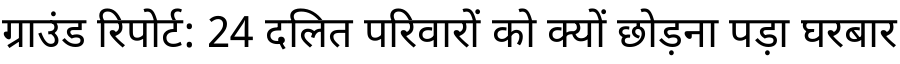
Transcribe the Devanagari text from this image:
ग्राउंड रिपोर्ट: 24 दलित परिवारों को क्यों छोड़ना पड़ा घरबार